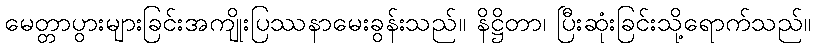
မေတ္တာပွားများခြင်းအကျိုးပြဿနာမေးခွန်းသည်။ နိဋ္ဌိတာ၊ ပြီးဆုံးခြင်းသို့ရောက်သည်။